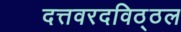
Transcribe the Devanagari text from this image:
दत्तवरदविठ्ठल